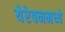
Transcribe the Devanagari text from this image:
येरेवनमध्ये